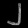
Digit: ၂